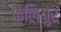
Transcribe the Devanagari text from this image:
फ्लियुर